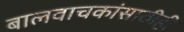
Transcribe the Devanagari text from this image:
बालवाचकांसाठीही